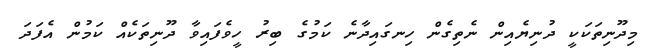
މިދޫނިތަކަކީ ދުނިޔެއިން ނެތިގެން ހިނގައިދާނެ ކަމުގެ ބިރު ހީވެފައިވާ ދޫނިތަކެއް ކަމުން އެފަދަ